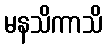
မနသိကာသိ